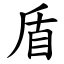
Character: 盾